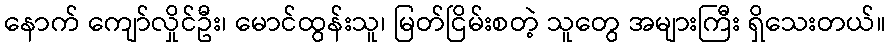
နောက် ကျော်လှိုင်ဦး၊ မောင်ထွန်းသူ၊ မြတ်ငြိမ်းစတဲ့ သူတွေ အများကြီး ရှိသေးတယ်။